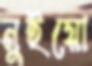
নুইয়ো